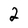
Character: 2